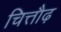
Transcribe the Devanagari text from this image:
चित्तौढ़